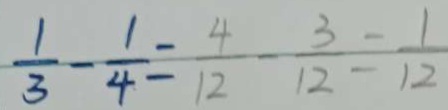
\frac { 1 } { 3 } - \frac { 1 } { 4 } = \frac { 4 } { 1 2 } - \frac { 3 } { 1 2 } = \frac { 1 } { 1 2 }